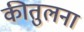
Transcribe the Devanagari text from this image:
कीतुलना